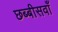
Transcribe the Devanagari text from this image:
छब्बीसवाँ